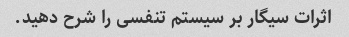
اثرات سیگار بر سیستم تنفسی را شرح دهید.